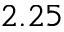
2 . 2 5